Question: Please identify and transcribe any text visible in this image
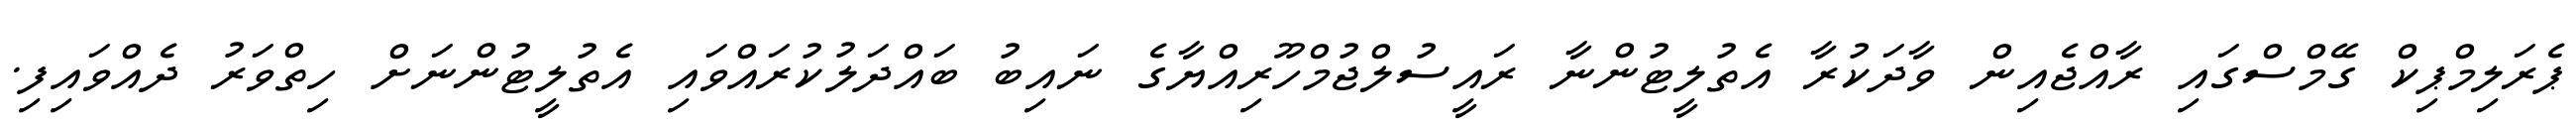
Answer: ޕެރަލިމްޕިކް ގޭމްސްގައި ރާއްޖެއިން ވާދަކުރާ އެތުލީޓުންނާ ރައީސުލްޖުމްހޫރިއްޔާގެ ނައިބު ބައްދަލުކުރައްވައި އެތުލީޓުންނަށް ހިތްވަރު ދެއްވައިފި.